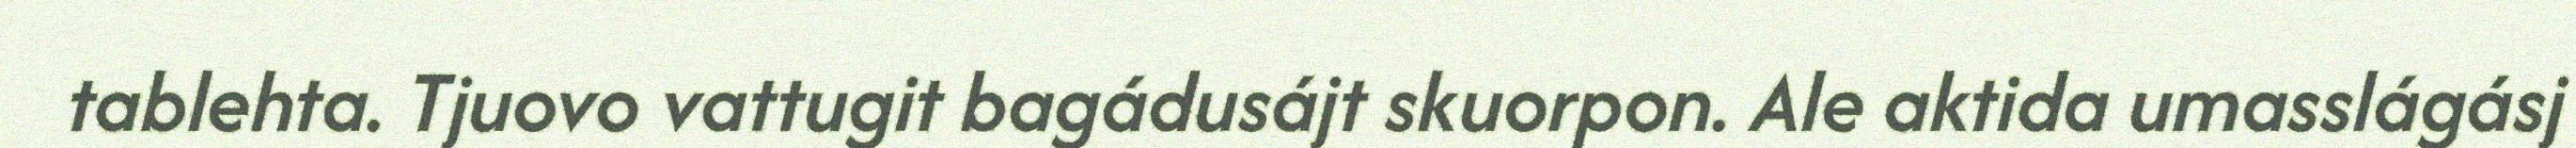
tablehta. Tjuovo vattugit bagádusájt skuorpon. Ale aktida umasslágásj